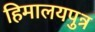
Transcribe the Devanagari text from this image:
हिमालयपुत्र